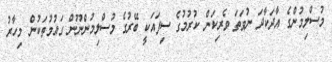
މުސްލިމުންގެ އާދަކާދަ ނުވަތަ ވެރިކަން ކުރުމުގެ ސިފައަކީ ބޭރުގެ މުސްލިމުންނޫން ގައުމުތަކުން މިހާރު